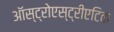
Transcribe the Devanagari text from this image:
ऑस्ट्रोएस्ट्रीएटिक